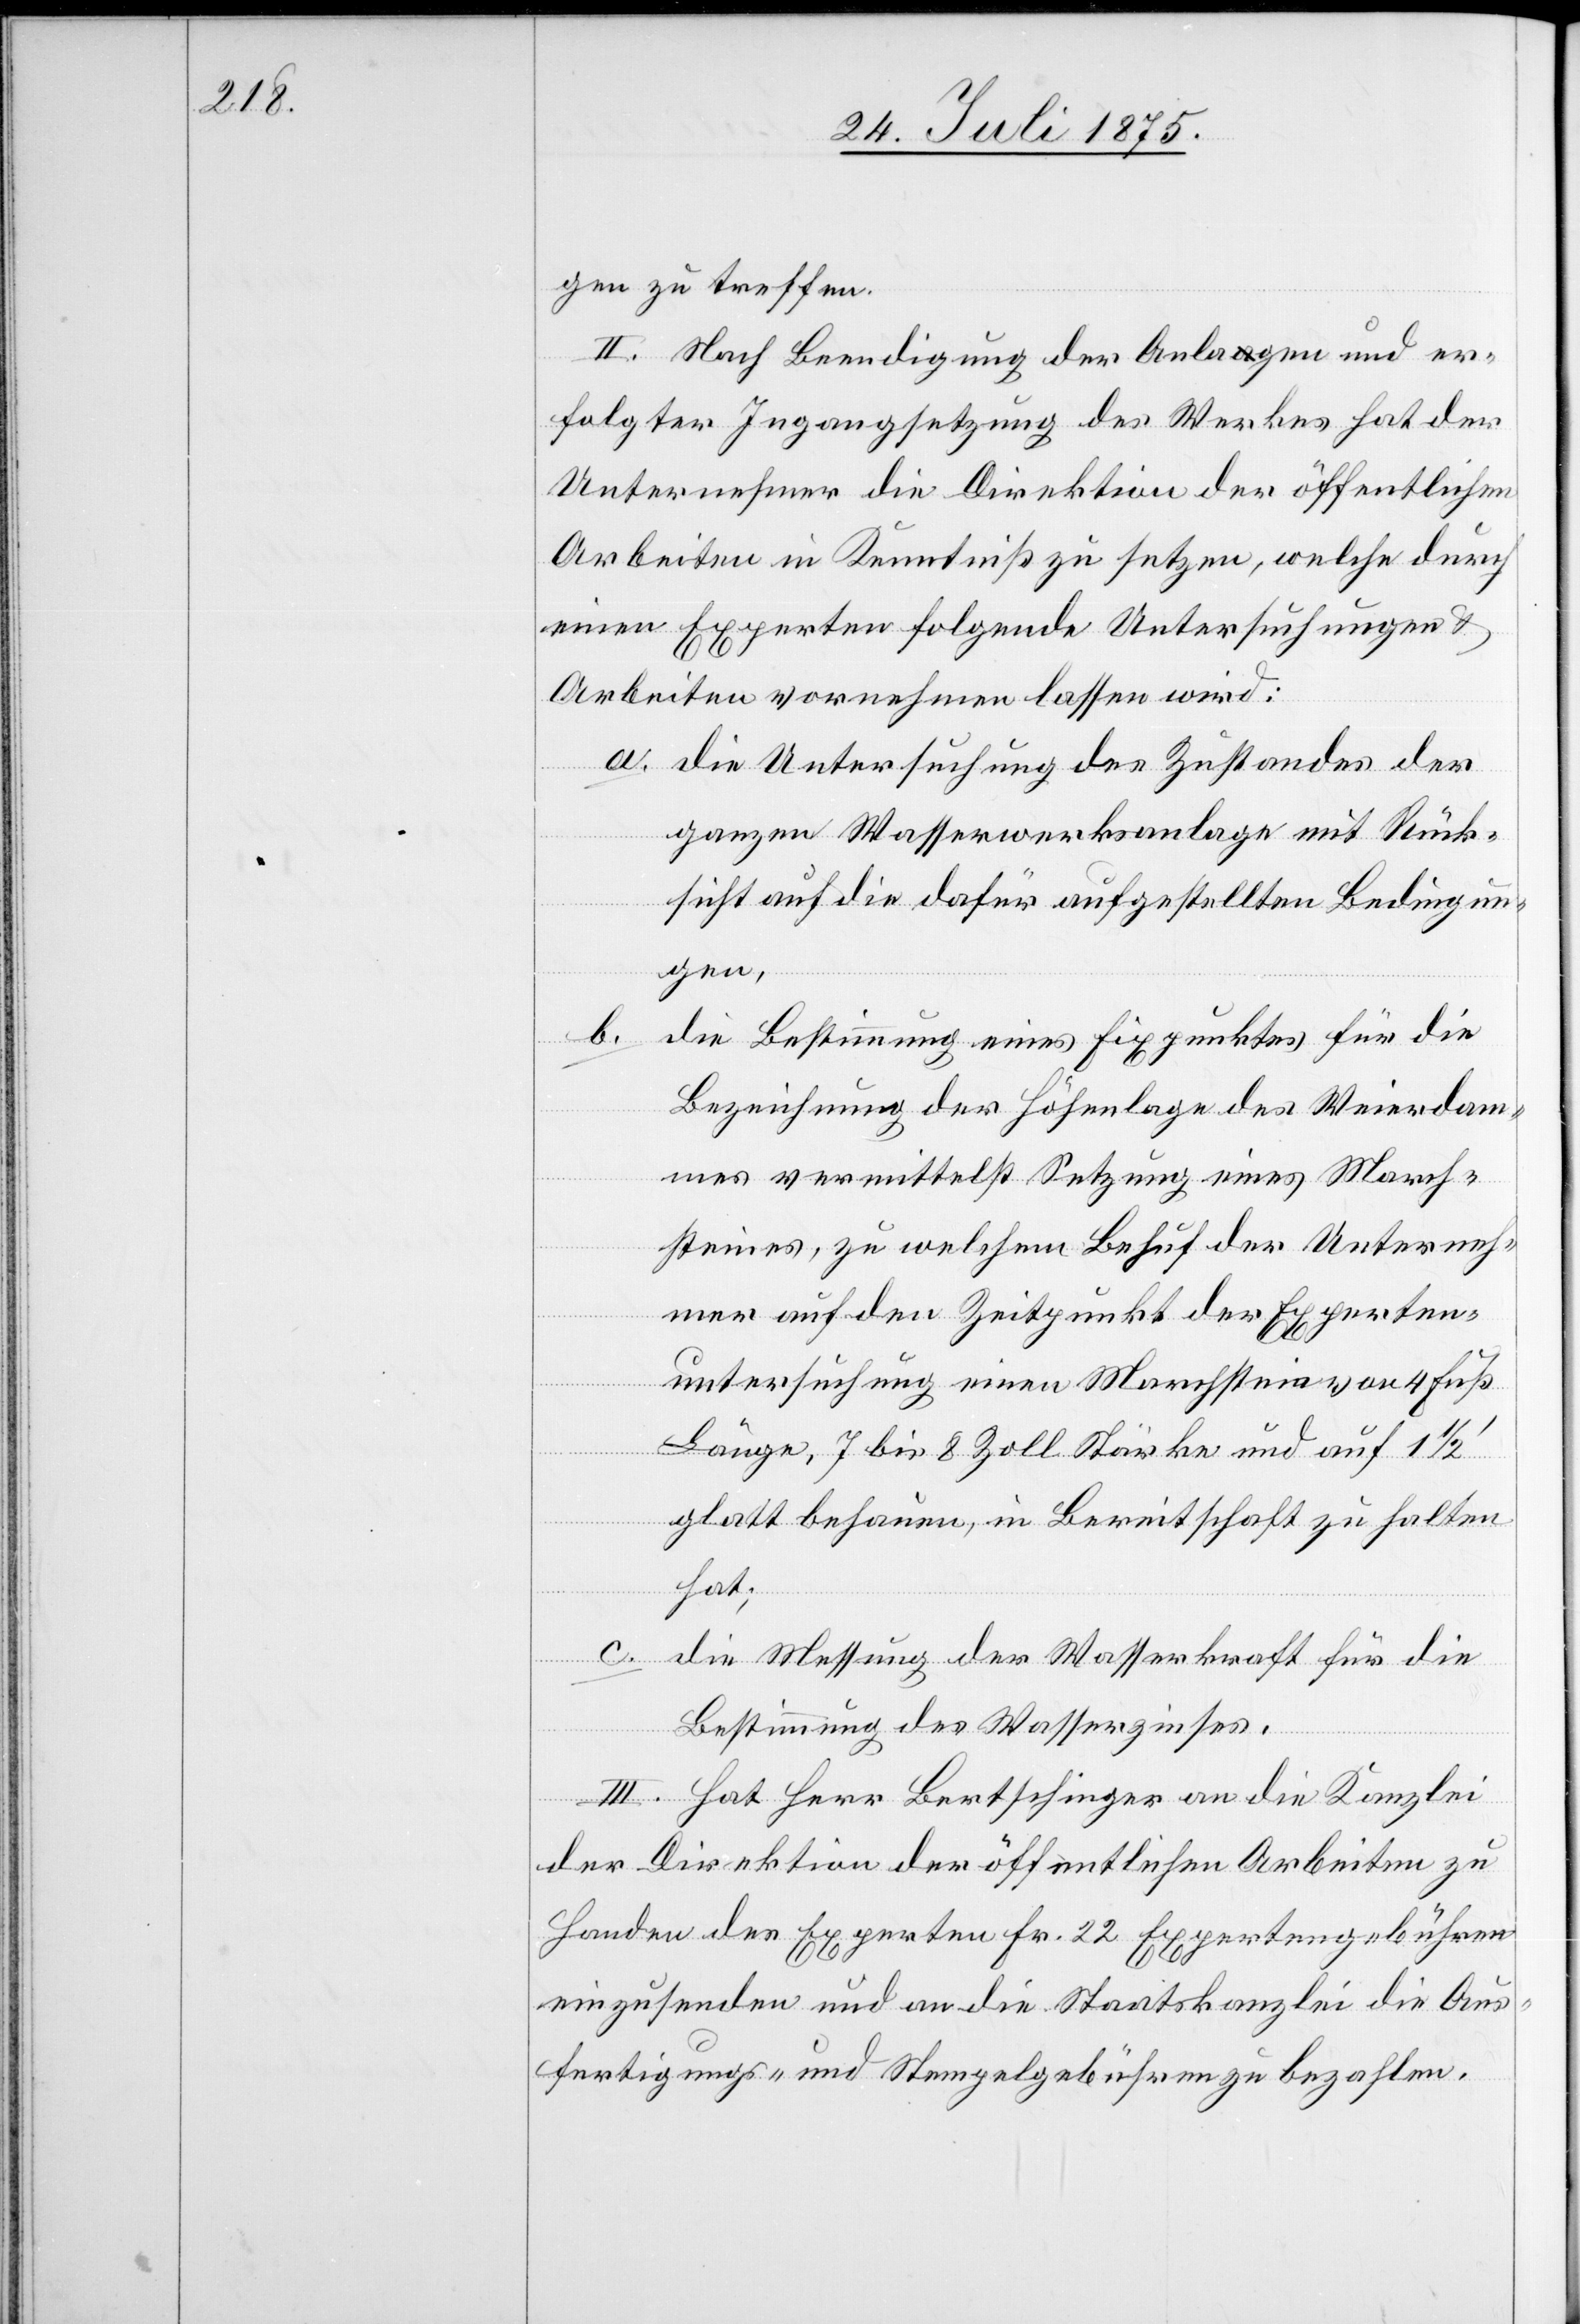
gen zu treffen.
II. Nach Beendigung der Anlagen und er¬
folgter Ingangsetzung des Werkes hat der
Unternehmer die Direktion der öffentlichen
Arbeiten in Kenntniß zu setzen, welche durch
einen Experten folgende Untersuchungen &
Arbeiten vornehmen lassen wird:
a. die Untersuchung des Zustandes der
ganzen Wasserwerksanlage mit Rück¬
sicht auf die dafür aufgestellten Bedingun¬
gen,
b.
die Bestimmung eines Fixpunktes für die
Bezeichnung der Höhenlage des Weierdam¬
mes vermittelst Setzung eines March¬
steines, zu welchem Behuf der Unterneh¬
mer auf den Zeitpunkt der Experten¬
untersuchung einen Marchstein von 4 Fuß
Länge, 7 bis 8 Zoll Stärke und auf 1
glatt behauen, in Bereitschaft zu halten
hat;
c. die Messung der Wasserkraft für die
Bestimmung des Wasserzinses.
III. Hat Herr Bertschinger an die Kanzlei
der Direktion der öffentlichen Arbeiten zu
Handen der Experten Fr. 22 Expertengebühren
einzusenden und an die Staatskanzlei die Aus¬
fertigungs- und Stempelgebühren zu bezahlen.